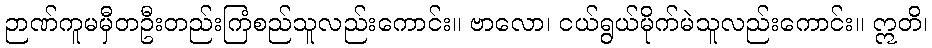
ဉာဏ်ကူမမှီတဦးတည်းကြံစည်သူလည်းကောင်း။ ဗာလော၊ ငယ်ရွယ်မိုက်မဲသူလည်းကောင်း။ ဣတိ၊